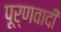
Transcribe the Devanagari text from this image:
पूर्णवादी